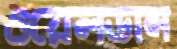
ওয়েলডান